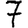
Digit: 7